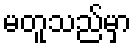
မတူသည်မှာ